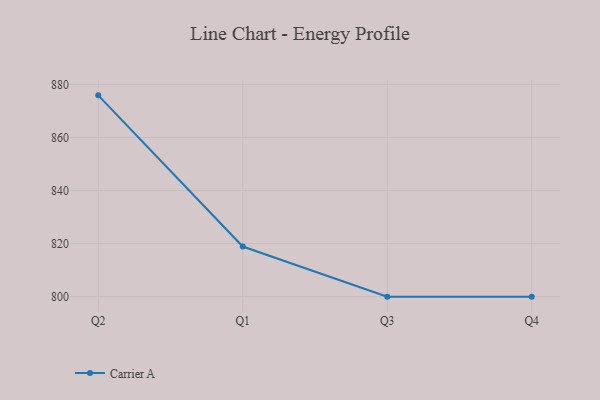
{"axis": {"x": "Quarter", "y": "Demand Index"}, "legend": ["Carrier A"], "data": [{"x": "Q2", "y": 875.9, "type": "Carrier A"}, {"x": "Q1", "y": 818.9, "type": "Carrier A"}, {"x": "Q3", "y": 800, "type": "Carrier A"}, {"x": "Q4", "y": 800, "type": "Carrier A"}]}